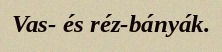
Vas- és réz-bányák.